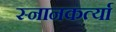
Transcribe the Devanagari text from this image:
स्नानकर्त्या